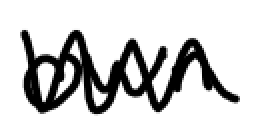
Text: own
Cross-out: zig-zag
Writing tool: digital_black